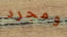
ومجرد